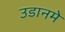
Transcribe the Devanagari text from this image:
उडानमे